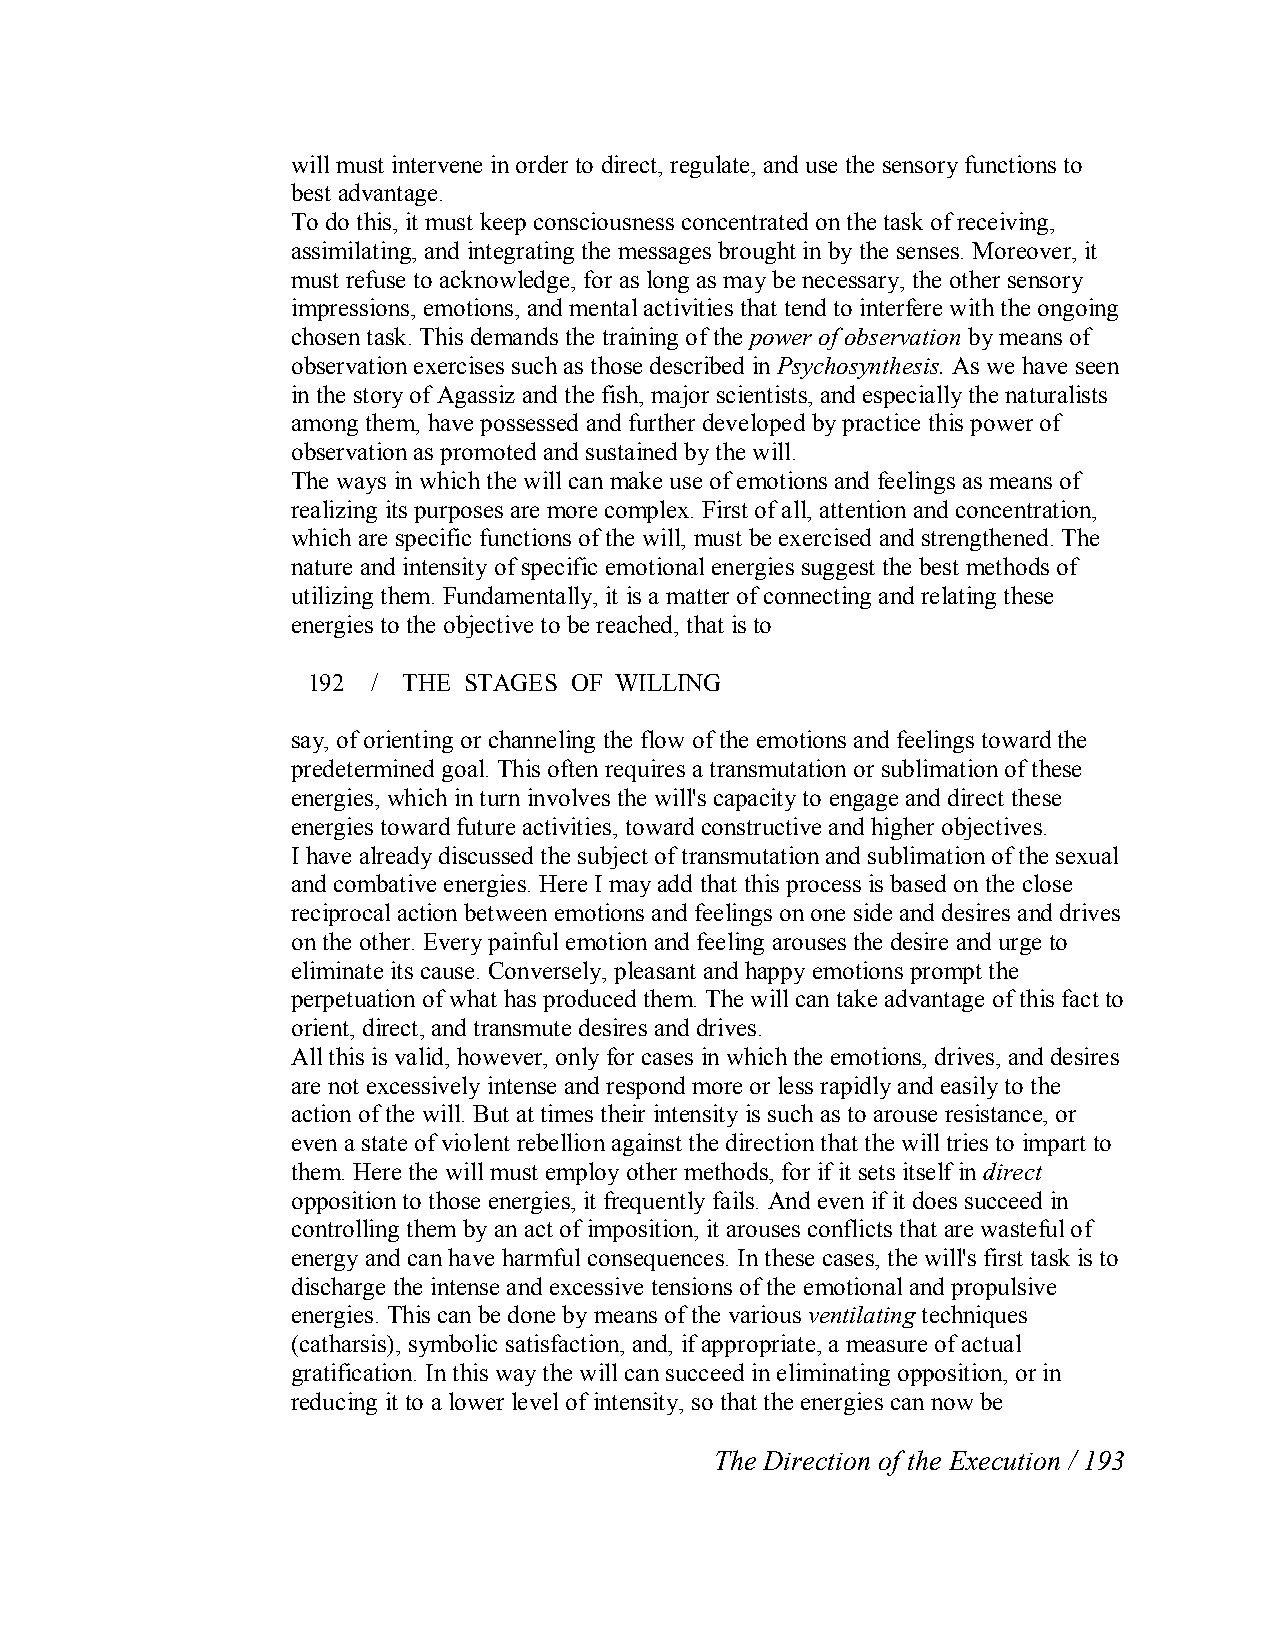
will must intervene in order to direct, regulate, and use the sensory functions to
 best advantage.
 To do this, it must keep consciousness concentrated on thetask of receiving,
 assimilating, and integrating the messages brought in by the senses. Moreover, it
 must refuse to acknowledge, for as long as may be necessary, the other sensory
 impressions, emotions, and mental activities that tend to interfere with the ongoing
 chosen task. This demands the training of the power of observation by means of
 observation exercises such as those described in Psychosynthesis. As we have seen
 in the story of Agassiz and the fish, major scientists, and especially the naturalists
 among them, have possessed and further developed by practice this power of
 observation as promoted and sustained by the will.
 The ways in which the will can make use of emotions and feelings as means of
 realizing its purposes are more complex. First ofall, attention and concentration,
 which are specific functions of the will, must be exercised and strengthened. The
 nature and intensity of specific emotional energies suggest the best methods of
 utilizing them. Fundamentally, it is a matter of connecting and relating these
 energies to the objective to be reached, that is to
 192  / THE STAGES OF WILLING
 say, of orienting or channeling the flow of the emotions and feelings toward the
 predetermined goal. This often requires a transmutation or sublimation of these
 energies, which in turn involves the will's capacity to engage and direct these
 energies toward future activities, toward constructive and higher objectives.
 I have already discussed the subject of transmutation and sublimation of the sexual
 and combative energies. Here I may add that this process is based on the close
 reciprocal action between emotions and feelings on one side and desires and drives
 on the other. Every painful emotion and feeling arouses the desire and urge to
 eliminate its cause. Conversely, pleasant and happy emotions prompt the
 perpetuation of what has produced them. The will can take advantage of this fact to
 orient, direct, and transmute desires and drives.
 All this is valid, however, only for cases in which the emotions, drives, and desires
 are not excessively intense and respond more or less rapidly and easily to the
 action of the will. But at times their intensity is such as to arouse resistance, or
 even a state of violent rebellion against the direction that the will tries to impart to
 them. Here the will must employ other methods, for if it sets itself in direct
 opposition to those energies, it frequently fails. And even if it does succeed in
 controlling them by an act of imposition, it arouses conflicts that are wasteful of
 energy and can have harmful consequences. In these cases, the will's first task is to
 discharge the intense and excessive tensions of the emotional and propulsive
 energies. This can be done by means of the various ventilatingtechniques
 (catharsis), symbolic satisfaction, and, if appropriate, a measure of actual
 gratification. In this way the will can succeed in eliminating opposition, or in
 reducing it to a lower level of intensity, so that the energies can now be
 The Direction of the Execution / 193